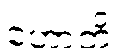
ဟောတိ။